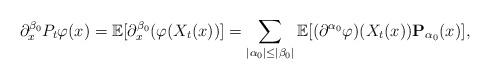
LaTeX: \begin{align*}\partial^{\beta_0}_xP_t\varphi(x)=\mathbb{E}[\partial^{\beta_0}_x(\varphi(X_t(x))]=\sum_{\vert\alpha_0\vert\leq\vert\beta_0\vert}\mathbb{E}[(\partial^{\alpha_0}\varphi)(X_t(x))\mathbf{P}_{\alpha_0}(x)],\end{align*}